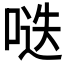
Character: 𱓌